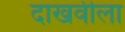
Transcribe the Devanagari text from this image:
दाखवीला